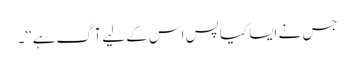
جس نے ایسا کیا پس اس کے لیے آگ ہے‘‘۔